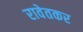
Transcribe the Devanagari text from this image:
रावेतकर